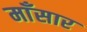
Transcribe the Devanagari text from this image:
माँसार